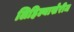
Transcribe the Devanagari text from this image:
लिहिल्याखेरीज